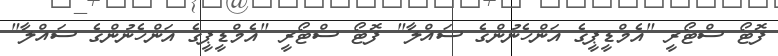
ފޮޓޯ ސްޓޯރީ "އެމްޑީޕީގެ އަންހެނުންގެ ސައްލާ" ފޮޓޯ ސްޓޯރީ "އެމްޑީޕީގެ އަންހެނުންގެ ސައްލާ"